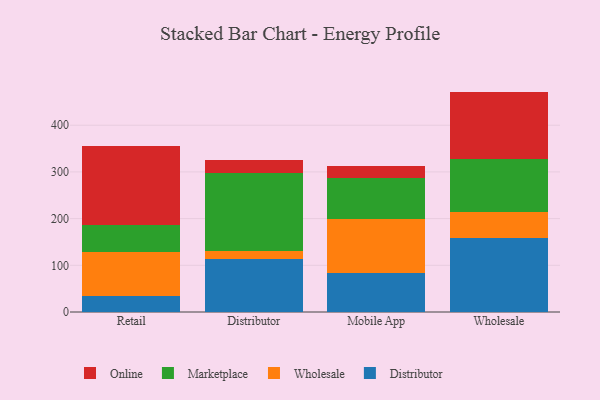
{"axis": {"x": "Channel", "y": "Backlog"}, "legend": ["Distributor", "Marketplace", "Online", "Wholesale"], "data": [{"x": "Retail", "y": 33.8, "type": "Distributor"}, {"x": "Retail", "y": 95.0, "type": "Wholesale"}, {"x": "Retail", "y": 58.2, "type": "Marketplace"}, {"x": "Retail", "y": 168.1, "type": "Online"}, {"x": "Distributor", "y": 113.2, "type": "Distributor"}, {"x": "Distributor", "y": 16.4, "type": "Wholesale"}, {"x": "Distributor", "y": 167.2, "type": "Marketplace"}, {"x": "Distributor", "y": 28.3, "type": "Online"}, {"x": "Mobile App", "y": 84.3, "type": "Distributor"}, {"x": "Mobile App", "y": 114.8, "type": "Wholesale"}, {"x": "Mobile App", "y": 88.7, "type": "Marketplace"}, {"x": "Mobile App", "y": 24.4, "type": "Online"}, {"x": "Wholesale", "y": 157.5, "type": "Distributor"}, {"x": "Wholesale", "y": 56.8, "type": "Wholesale"}, {"x": "Wholesale", "y": 113.6, "type": "Marketplace"}, {"x": "Wholesale", "y": 144.1, "type": "Online"}]}